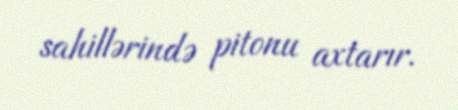
sahillərində pitonu axtarır.